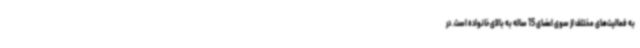
به فعالیت‌های مختلف از سوی اعضای 15 ساله به بالای خانواده است. در